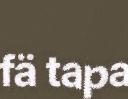
fä tapa